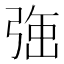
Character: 𭚹